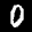
Label: 0